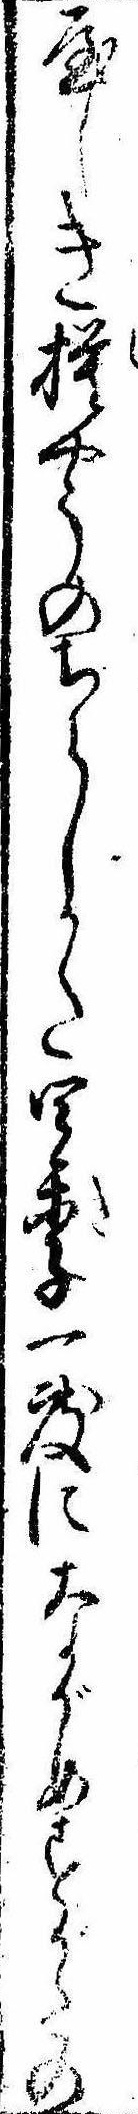
屋しき模やうのちらしかた四季一度にながめすがたの